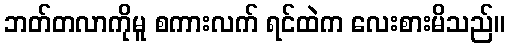
ဘတ်တလာကိုမူ စကားလက် ရင်ထဲက လေးစားမိသည်။